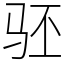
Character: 𬳵